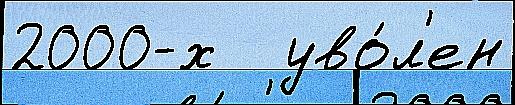
2000-х   уво́л'ен